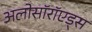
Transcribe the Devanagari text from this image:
अलोसॉरॉएड्स